Annual report of the Punjab Veterinary College and of the Civil Veterinary Department, Punjab - 1920-1925
Year: 1920
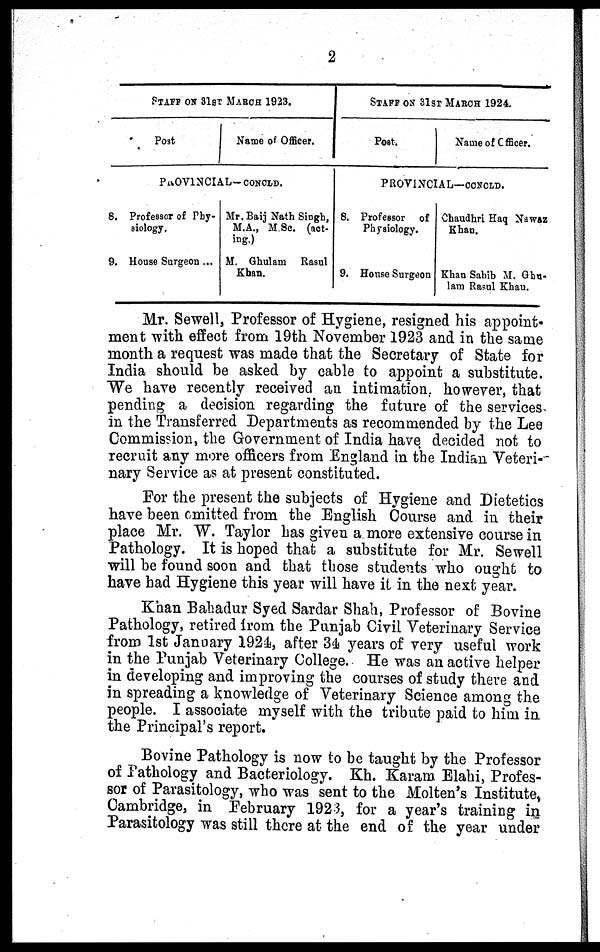
2
STAFF ON 31st MARCH 1923.
Post
Name of Officer.
PROVINCIAL-CONCLD.
8. Professor of Phy-
siology,
9. House Surgeon ...
Mr.Baij Nath Singh,
M.A., M.Sc. (act-
ing.)
M. Ghulam Rasul
Khan.
STAFF ON 31st MARCH 1924.
Poet.
Name of Officer.
PROVINCIAL—CONCLD.
8. Professor of
Physiology.
9. House Surgeon
Chaudhri Haq Nawaz
Khan.
Khan Sahib M. Ghn-
lam Rasul Khan.
Mr. Sewell, Professor of Hygiene, resigned his appoint-
ment with effect from 19th November 1923 and in the same
month a request was made that the Secretary of State for
India should be asked by cable to appoint a substitute.
We have recently received an intimation, however, that
pending a decision regarding the future of the services
in the Transferred Departments as recommended by the Lee
Commission, the Government of India have decided not to
recruit any more officers from England in the Indian Veteri-
nary Service as at present constituted.
For the present the subjects of Hygiene and Dietetics
have been omitted from the English Course and in their
place Mr. W. Taylor has given a more extensive course in
Pathology. It is hoped that a substitute for Mr. Sewell
will be found soon and that those students who ought to
have bad Hygiene this year will have it in the next year.
Khan Bahadur Syed Sardar Shah, Professor of Bovine
Pathology, retired from the Punjab Civil Veterinary Service
from 1st January 1924, after 34 years of very useful work
in the Punjab Veterinary College. He was an active helper
in developing and improving the courses of study there and
in spreading a knowledge of Veterinary Science among the
people. I associate myself with the tribute paid to him in
the Principal's report.
Bovine Pathology is now to be taught by the Professor
of Pathology and Bacteriology. Kh. Karam Elahi, Profes-
sor of Parasitology, who was sent to the Molten's Institute,
Cambridge, in February 1923, for a year's training in
Parasitology was still there at the end of the year under